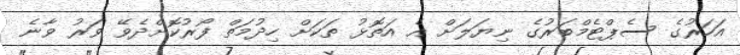
އަހަރުގެ ސެޕްޓެމްބަރުގެ ނިޔަލަށް އެ އަތޮޅު ތަކަށް ހިދުމަތް ފޯރުކޮށްދެވޭ ވަރު ވާނެ